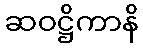
ဆဝဋ္ဌိကာနိ